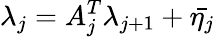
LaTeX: \lambda_{j}=A_{j}^{T}\lambda_{j+1}+\bar{\eta_{j}}